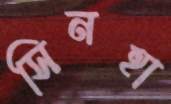
সিনহা